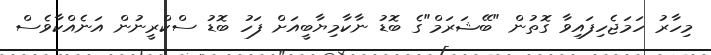
މިހާރު ހަމަޖެހިފައިވާ ގޮތުން "ބޭޝަރަމް"ގެ ބޮޑު ނާކާމިޔާބީއަށް ފަހު ބޮޑު ސްކްރީނުން އަނެއްކާވެސް